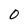
Character: O